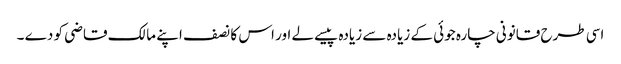
اسی طرح قانونی چارہ جوئی کے زیادہ سے زیادہ پیسے لے اور اس کا نصف اپنے مالک قاضی کو دے ۔